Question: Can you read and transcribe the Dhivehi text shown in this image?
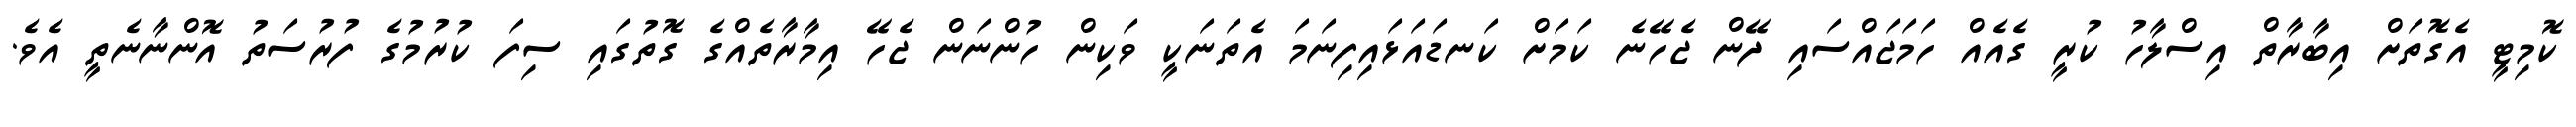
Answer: ކޮމިޓީ އެގޮތަށް އިބާރާތް އިސްލާހު ކުރީ ގެއެއް ހަމަޖައްސައި ދޭން ޖެހޭނެ ކަމަށް ކަނޑައަޅައިފިނަމަ އެތަނަކީ ވަކިން ހުންނަން ޖެހޭ އިމާރާތެއްގެ ގޮތުގައި ސިފަ ކުރުމުގެ ފުރުސަތު އޮންނާނެތީ އެވެ.